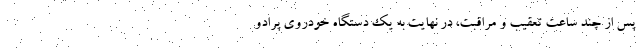
پس از چند ساعت تعقیب و مراقبت، در نهایت به یک دستگاه خودروی پرادو